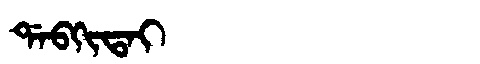
Manchu: ᡩᠠᠪᡴᡳᡨᠠᡳ
Romanization: DABKITAI